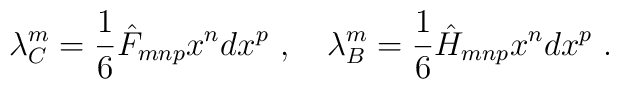
\lambda^m_C = \frac{1}{6} \hat F_{mnp} x^n dx^p\ ,\quad \lambda^m_B =\frac{1}{6} \hat H_{mnp} x^n dx^p\ .